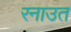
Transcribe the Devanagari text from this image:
रनाउत